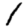
Digit: 1